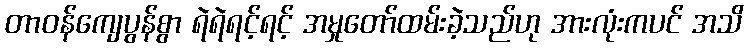
တာဝန်ကျေပွန်စွာ ရဲရဲရင့်ရင့် အမှုတော်ထမ်းခဲ့သည်ဟု အားလုံးကပင် အသိ